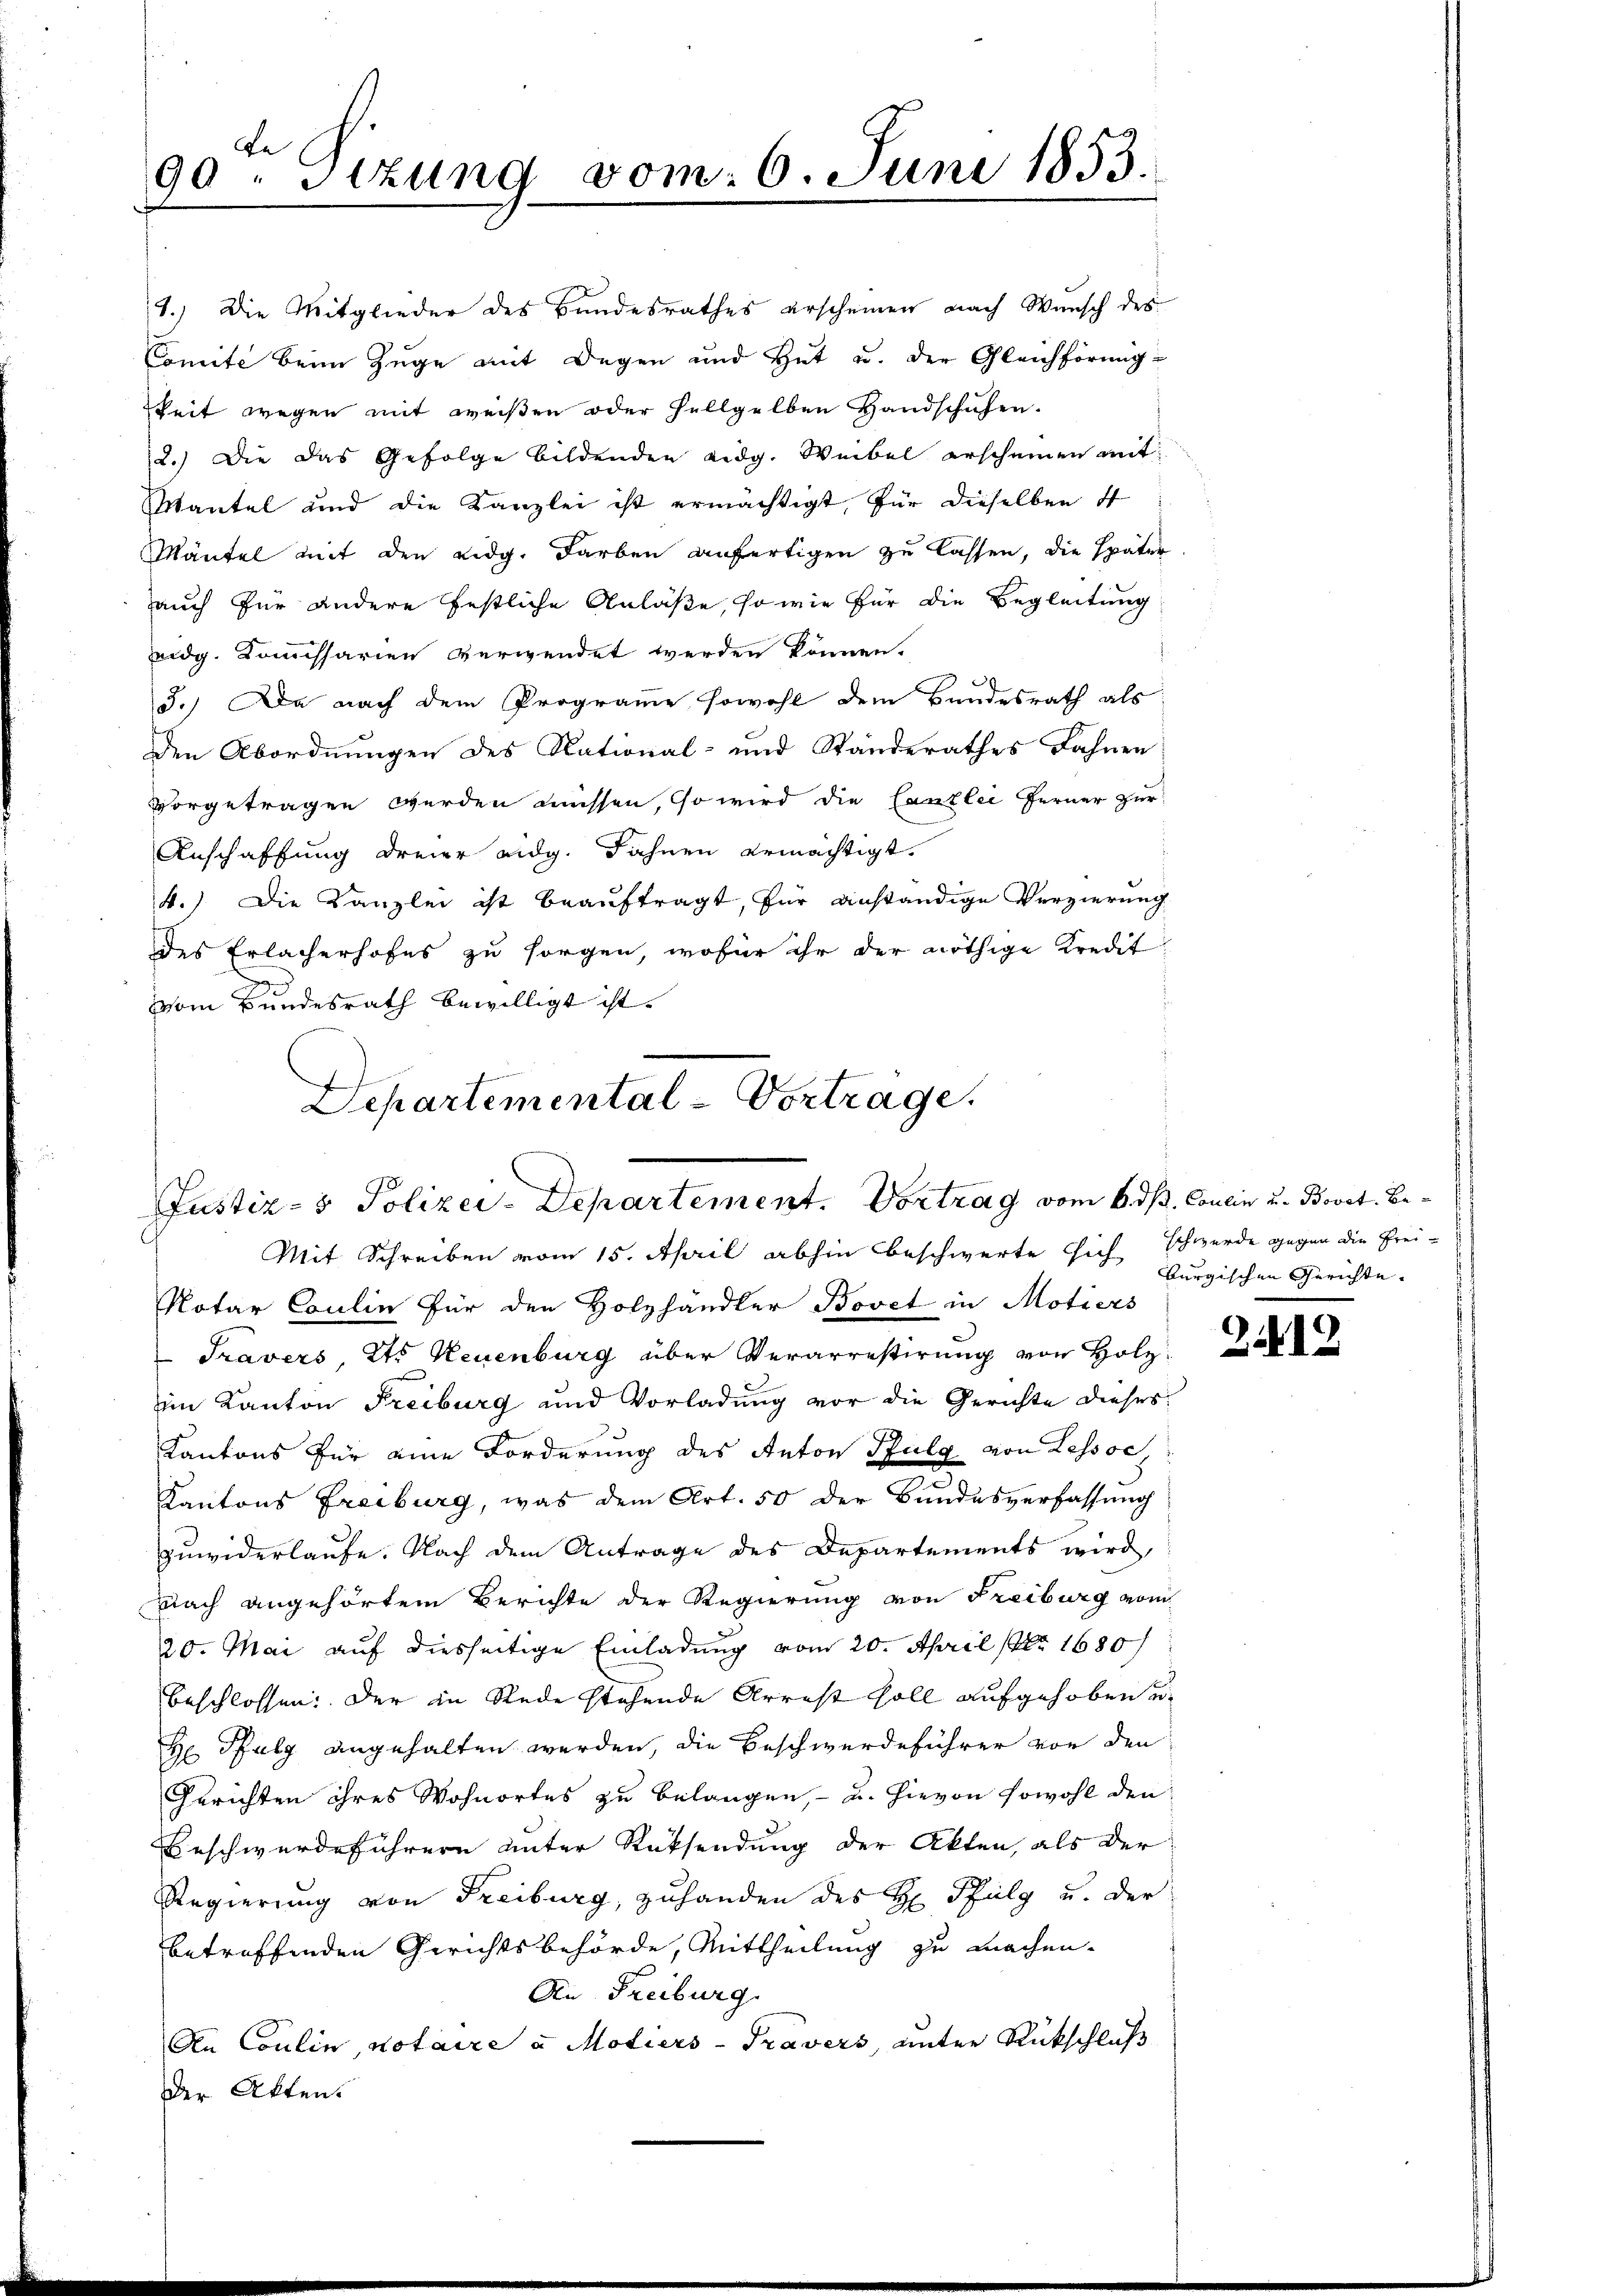
de
90. Sizung vom 6. Juni 1853.

1.) Die Mitglieder des Bundesrathes erscheinen nach Wunsch des
Comite beim Zuge mit Degen und Hut u. der Gleichförmig-
keit wegen mit weißen oder hellgelben Handschuhen.
2.) Die das Gefolge bildenden Lidg. Weibel erscheinen mit
Mantel und die Kanzlei ist ermächtigt, für dieselben 4
Mäntel mit den Eidg. Farben anfertigen zu lassen, die später
auch für andere festliche Anlaße, so wie für die Begleitung
eidg. Kommissarien verwendet werden können.
3.) Da nach dem Programme sowohl dem Bundesrath als
den Abordnungen des National- und Standerathes Fahnen
vorgetragen werden müssen, so wird die Canzlei ferner zur
Anschaffung dreier eidg. Fahnen ermächtigt.
4.) Die Kanzlei ist beauftragt, für anständige Verzierung
des Erlacherhofes zu sorgen, wofür ihr der nöthige Kredit
2
Vom Bundesrath bewilligt ist.
Departemental-Vortrage.

Justiz- & Polizei-Departement. Vortrag vom 6. ds. Coulin u. Bovet. Be¬

Mit Schreiben vom 15. April abhin beschwerte sich burgischen Gerichte
Notar Coulin für den Holzhändler Bovet in Motiers
Travers, Ets Neuenburg über Verarrestirung von Holz
im Kanton Freiburg und Vorladung vor die Gerichte dieses
Kantons für eine Forderung des Anton Pfulg von Lessse
Kantons Freiburg, was dem Art. 50 der Bundesverfassung
zuwiderlaufe. Nach dem Antrage des Departements wird,
Nach angehörtem Berichte der Regierung von Freiburg vom
20. Mai auf diesseitige Einladung vom 20. April (Nr. 1680
beschlossen: Der in Rede stehende Arrest soll aufgehoben u.
H Pfulg angehalten werden, die Beschwerdeführer von den
Gerichten ihres Wohnortes zu belangen, - u. hievon sowohl den
Beschwerdeführern unter Rücksendung der Akten, als der
Regierung von Freiburg, zuhanden des H: Pfulg u. der
betreffenden Gerichtsbehörde, Mittheilung zu machen.
An Freiburg.
An Coulin, notaire u Motiers - Travers, unter Rückschluß
Der Akten.

schwerde gegen die Frei¬

2